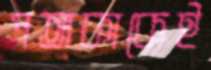
পতাকাকেই